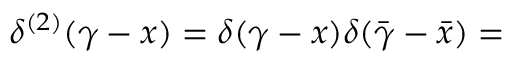
\delta ^ { ( 2 ) } ( \gamma - x ) = \delta ( \gamma - x ) \delta ( \bar { \gamma } - \bar { x } ) =